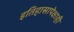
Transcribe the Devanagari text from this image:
इतिहासापेक्षाही